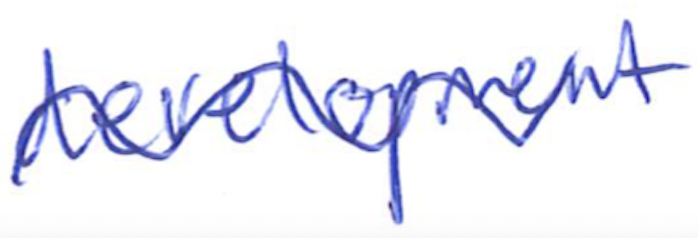
Text: development
Cross-out: wave
Writing tool: ballpoint